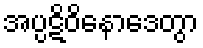
အပ္ပဋိဝိနောဒေတွာ